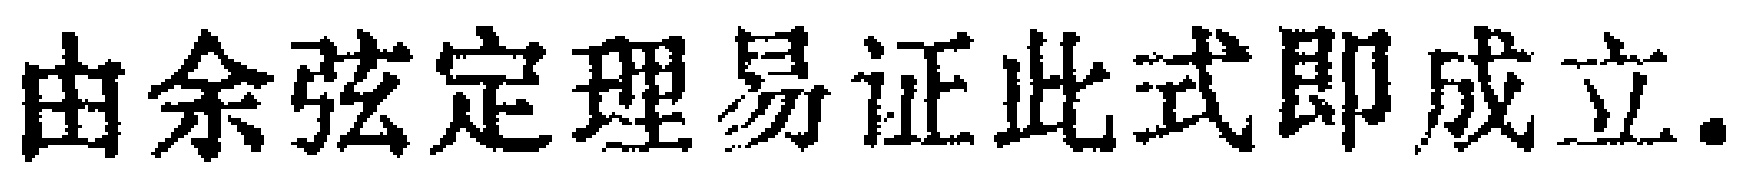
由余弦定理易证此式即成立.